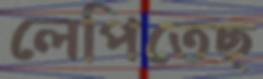
লেপিতেছ